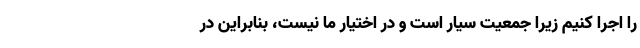
را اجرا کنیم زیرا جمعیت سیار است و در اختیار ما نیست، بنابراین در